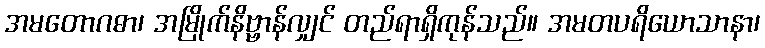
အမတောဂဓာ၊ အမြိုက်နိဗ္ဗာန်လျှင် တည်ရာရှိကုန်သည်။ အမတပရိယောသာနာ၊